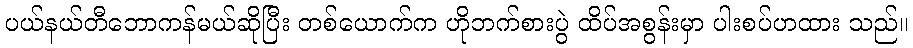
ပယ်နယ်တီဘောကန်မယ်ဆိုပြီး တစ်ယောက်က ဟိုဘက်စားပွဲ ထိပ်အစွန်းမှာ ပါးစပ်ဟထား သည်။